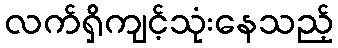
လက်ရှိကျင့်သုံးနေသည့်